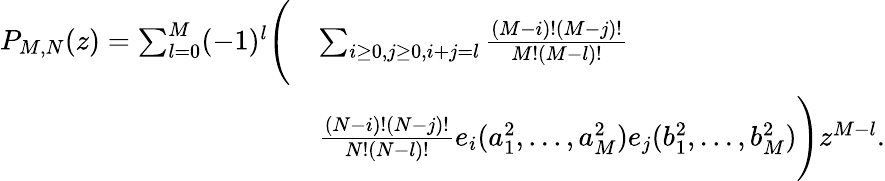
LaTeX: \begin{array}{rl}{P_{M,N}(z)=\sum_{l=0}^{M}(-1)^{l}\Bigg(}&{\sum_{i\ge 0,j\ge 0,i+j=l}\frac{(M-i)!(M-j)!}{M!(M-l)!}}\\ &{\frac{(N-i)!(N-j)!}{N!(N-l)!}e_{i}(a_{1}^{2},...,a_{M}^{2})e_{j}(b_{1}^{2},...,b_{M}^{2})\Bigg)z^{M-l}.}\end{array}